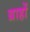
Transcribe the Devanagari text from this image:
ग्राहों